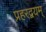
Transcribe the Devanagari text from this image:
प्रहरद्वयम्